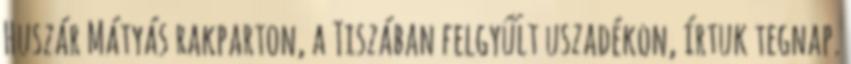
Huszár Mátyás rakparton, a Tiszában felgyűlt uszadékon, írtuk tegnap.